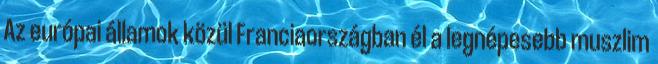
Az európai államok közül Franciaországban él a legnépesebb muszlim